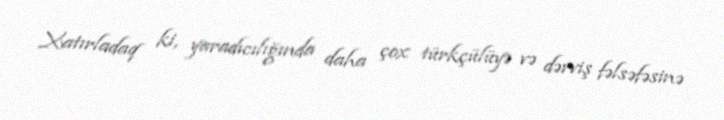
Xatırladaq ki, yaradıcılığında daha çox türkçülüyə və dərviş fəlsəfəsinə